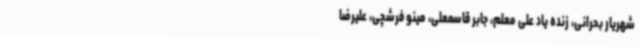
شهریار بحرانی‌، زنده یاد علی معلم‌، جابر قاسمعلی‌، مینو فرشچی، علیرضا